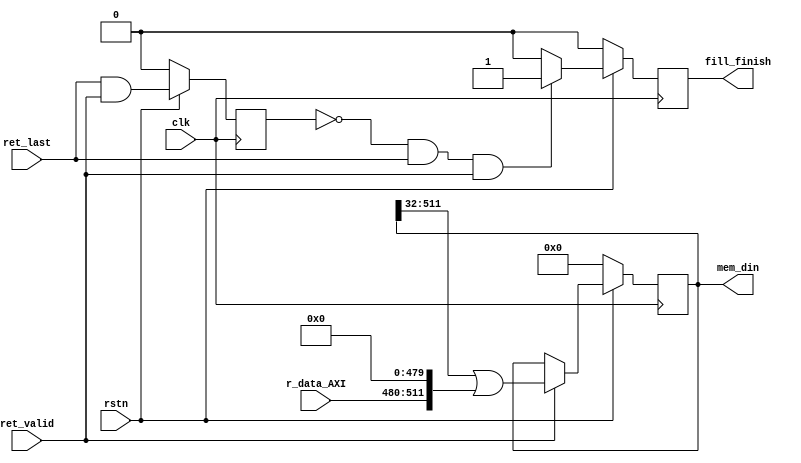
module ret_buf_i(
    input clk,rstn,
    input[31:0] r_data_AXI,
    input ret_valid, ret_last,
    output reg [511:0] mem_din,
    output reg fill_finish
    );
    reg finish_pos;
    wire ret_finish;
    always @(posedge clk) 
        if(~rstn) finish_pos <= 0;
        else finish_pos <= ret_last & ret_valid;
    assign ret_finish = !finish_pos & ret_last & ret_valid;

    always @(posedge clk) 
        if(~rstn) begin
            mem_din <= 0;
            fill_finish <= 0;
        end else begin
        if(ret_valid)begin
            mem_din <= (mem_din >> 32) | {r_data_AXI, 480'b0};
        end
        if(ret_finish) fill_finish <= 1;
        else fill_finish <= 0;
    end
endmodule